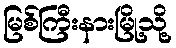
မြစ်ကြီးနားမြို့သို့